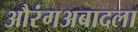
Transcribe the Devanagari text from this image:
औरंगअबादला